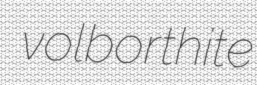
volborthite